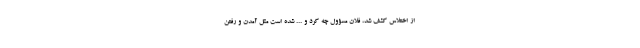
از اختلاس کشف شد، فلان مسؤول چه کرد و ... شده است مثل آمدن و رفتن